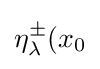
\eta _{\lambda }^{\pm }(x_{0}